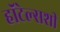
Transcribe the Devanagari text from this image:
हॉटेल्सशी